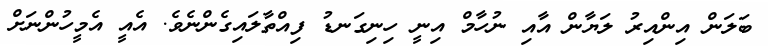
ބަލަން އިންއިރު ލަޔާން އާއި ނުހާމް އިނީ ހިނިގަނޑު ފިއްތާލައިގެންނެވެ. އެއީ އެމީހުންނަށް